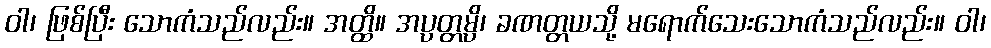
ဝါ၊ ဖြစ်ပြီး သောကံသည်လည်း။ အတ္ထိ။ အပ္ပတ္တမ္ပိ၊ ခဏတ္တယသို့ မရောက်သေးသောကံသည်လည်း။ ဝါ၊